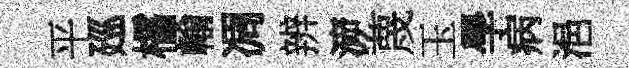
平廵櫺輸凋辨㴑蔑玉學病浥